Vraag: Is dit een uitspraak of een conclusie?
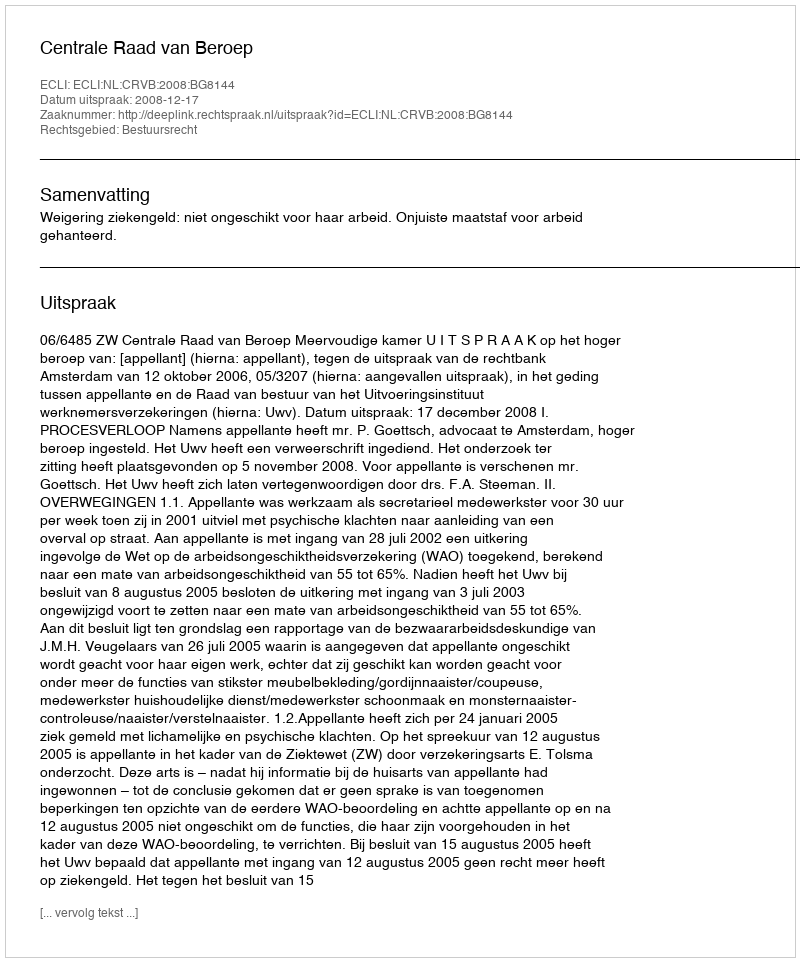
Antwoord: Uitspraak